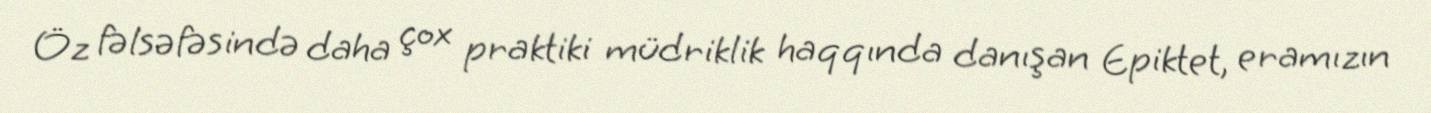
Öz fəlsəfəsində daha çox praktiki müdriklik haqqında danışan Epiktet, eramızın